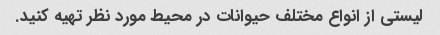
لیستی از انواع مختلف حیوانات در محیط مورد نظر تهیه کنید.